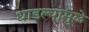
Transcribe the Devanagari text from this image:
धाडल्यामुळे